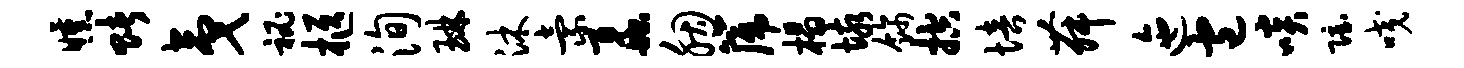
曛赌夷秘柩洵琳沐索蠡胭篪榻垓饰控培舞迤包啖隐咬